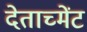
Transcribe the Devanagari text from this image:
देताच्मेंट